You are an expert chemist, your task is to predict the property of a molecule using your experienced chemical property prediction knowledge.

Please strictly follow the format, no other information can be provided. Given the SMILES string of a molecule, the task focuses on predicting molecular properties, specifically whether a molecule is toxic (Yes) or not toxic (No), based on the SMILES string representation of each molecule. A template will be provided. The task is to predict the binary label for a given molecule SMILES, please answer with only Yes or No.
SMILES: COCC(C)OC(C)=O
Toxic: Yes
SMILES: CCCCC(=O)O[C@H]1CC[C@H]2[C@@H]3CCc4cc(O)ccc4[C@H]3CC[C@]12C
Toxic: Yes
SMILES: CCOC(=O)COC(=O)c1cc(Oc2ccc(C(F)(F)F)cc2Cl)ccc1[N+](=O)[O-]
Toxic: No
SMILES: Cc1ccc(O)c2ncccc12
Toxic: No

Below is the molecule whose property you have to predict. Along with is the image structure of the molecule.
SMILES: CC(C)C[C@H](NC(=O)[C@H](Cc1ccccc1)NC(=O)c1cnccn1)B(O)O
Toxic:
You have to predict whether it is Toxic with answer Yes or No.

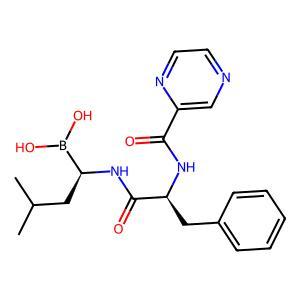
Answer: No